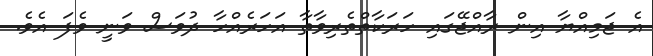
އެ ޖަމިއްޔާ އިން ރާއްޖޭގައި ހަރަކާތްތެރިވާތާ އަހަރެއްހާ ދުވަސް ވަނީ ވެފަ އެވެ.